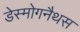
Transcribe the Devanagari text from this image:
डेस्मोगनैथस